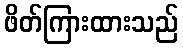
ဖိတ်ကြားထားသည်